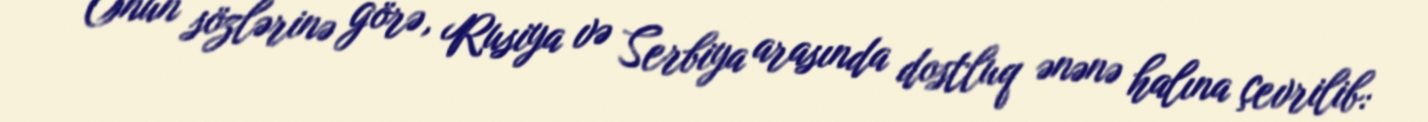
Onun sözlərinə görə, Rusiya və Serbiya arasında dostluq ənənə halına çevrilib: